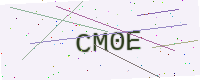
Text: CM0E